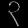
Digit: ၃